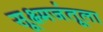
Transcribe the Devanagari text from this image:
सूक्ष्मजंतूला